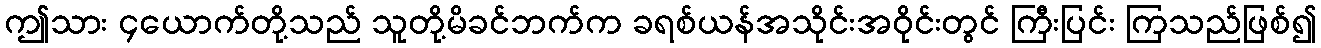
ဤသား ၄ယောက်တို့သည် သူတို့မိခင်ဘက်က ခရစ်ယန်အသိုင်းအဝိုင်းတွင် ကြီးပြင်း ကြသည်ဖြစ်၍